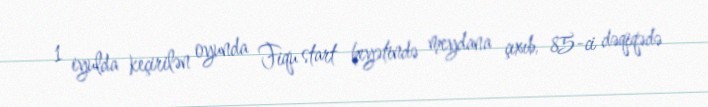
1 iyulda keçirilən oyunda Fiqu start heyətində meydana çıxıb, 85-ci dəqiqədə